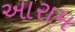
આરામ